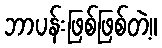
ဘာပန်းဖြစ်ဖြစ်တဲ့။